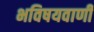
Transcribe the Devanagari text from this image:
भविषयवाणी